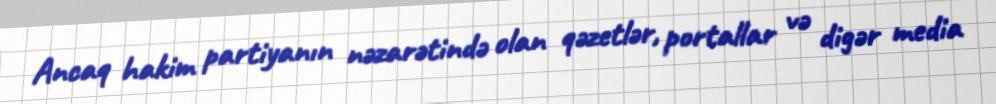
Ancaq hakim partiyanın nəzarətində olan qəzetlər, portallar və digər media